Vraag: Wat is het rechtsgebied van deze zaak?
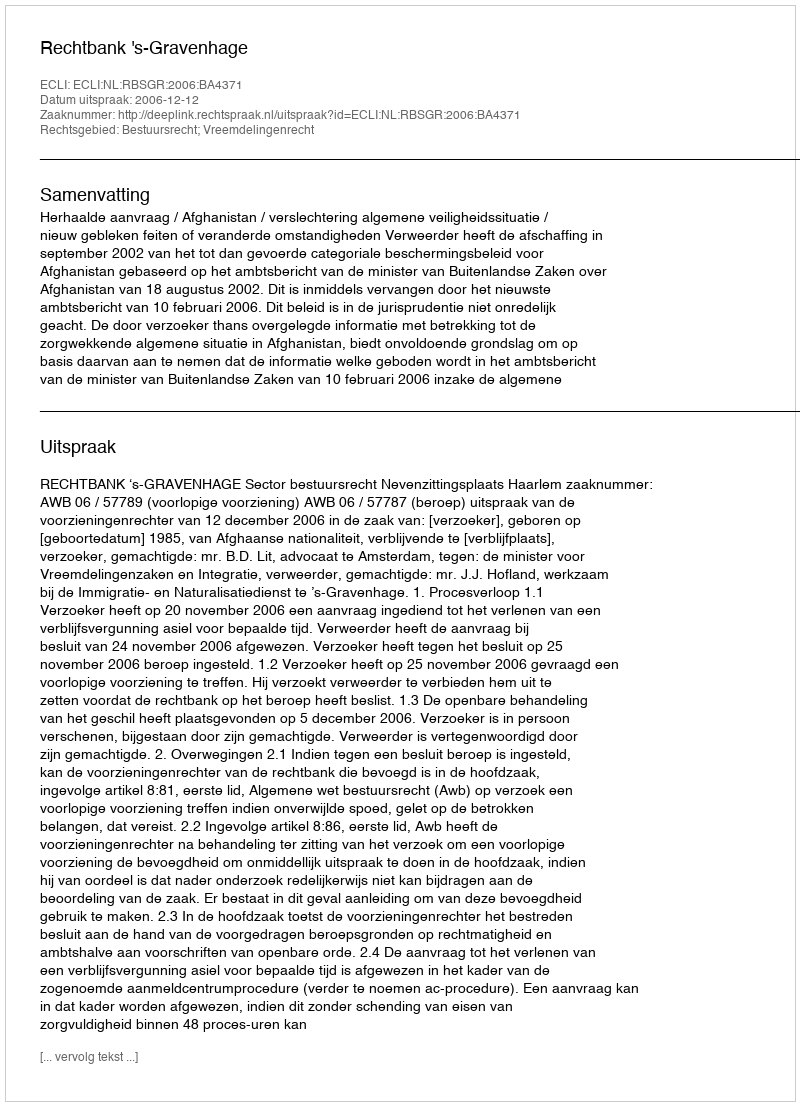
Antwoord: Bestuursrecht; Vreemdelingenrecht